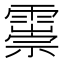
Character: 𩅃